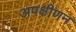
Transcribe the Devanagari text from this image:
अपक्षीणन